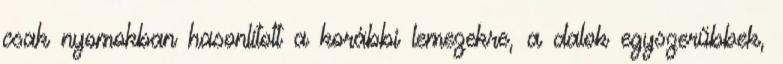
csak nyomokban hasonlított a korábbi lemezekre, a dalok egyszerűbbek,